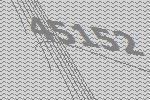
45152